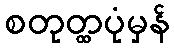
စတုတ္ထပုံမှန်